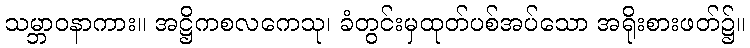
သမ္ဘာဝနာကား။ အဋ္ဌိကစလကေသု၊ ခံတွင်းမှထုတ်ပစ်အပ်သော အရိုးစားဖတ်၌။